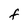
Character: F